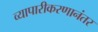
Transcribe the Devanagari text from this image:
व्यापारीकरणानंतर